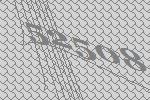
52508